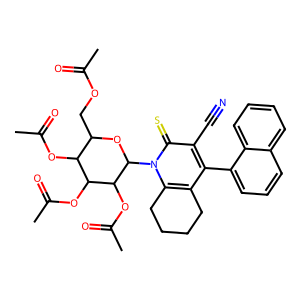
SMILES: CC(=O)OCC1OC(n2c3c(c(-c4cccc5ccccc45)c(C#N)c2=S)CCCC3)C(OC(C)=O)C(OC(C)=O)C1OC(C)=O
Inhibits HIV replication: No